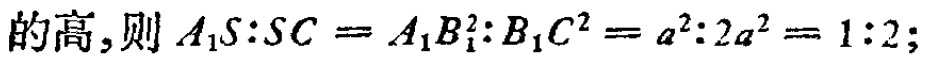
的高,则 \(A_{1}S:SC = A_{1}B_{1}^{2}:B_{1}C^{2}=a^{2}:2a^{2}=1:2\);